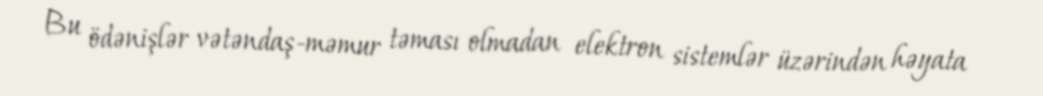
Bu ödənişlər vətəndaş-məmur təması olmadan elektron sistemlər üzərindən həyata